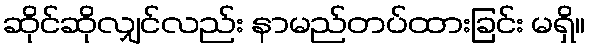
ဆိုင်ဆိုလျှင်လည်း နာမည်တပ်ထားခြင်း မရှိ။